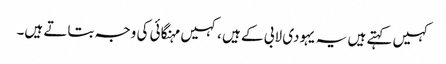
کہیں کہتے ہیں یہ یہودی لابی کے ہیں ،کہیں مہنگائی کی وجہ بتاتے ہیں۔